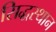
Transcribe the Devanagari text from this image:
सिद्धस्थान